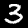
Digit: 3